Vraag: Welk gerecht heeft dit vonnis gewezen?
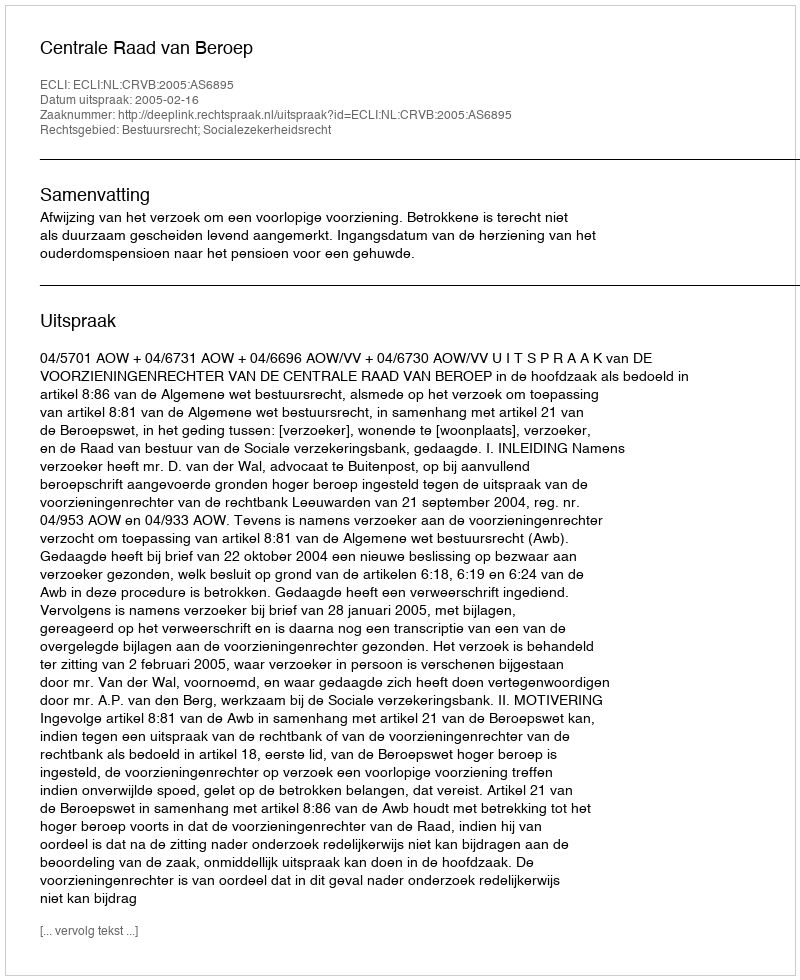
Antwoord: Centrale Raad van Beroep